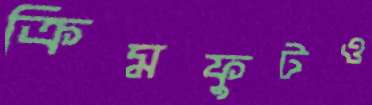
ক্রিমফুটও